Sketch of the medical history of the native army of Bombay, for the year
Year: 1876
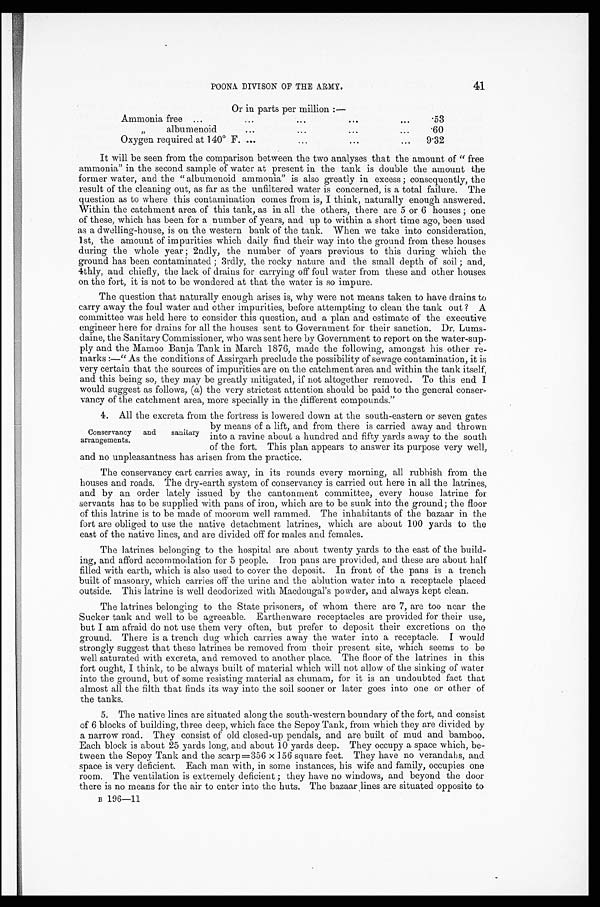
41
POONA DIVISON OF THE ARMY.
Or in parts per million :—
Ammonia free ...
. . . . . .
. . .
. . .
.53
,,
albumenoid
. . .
. . .
. . .
. . .
.60
Oxygen required at 140˚F. . . .
. . .
. . .
. . .
9.32
It will be seen from the comparison between the two analyses that the amount of " free
ammonia" in the second sample of water at present in the tank is double the amount the
former water, and the " albumenoid ammonia" is also greatly in excess ; consequently, the
result of the cleaning out, as far as the unfiltered water is concerned, is a total failure. The
question as to where this contamination comes from is, I think, naturally enough answered.
Within the catchment area of this tank, as in all the others, there are 5 or 6 houses ; one
of these, which has been for a number of years, and up to within a short time ago, been used
as a dwelling-house, is on the western bank of the tank. When we take into consideration,
1st, the amount of im purities which daily find their way into the ground from these houses
during the whole year ; 2ndly, the number of years previous to this during which the
ground has been contaminated ; 3rdly, the rocky nature and the small depth of soil ; and,
4thly, and chiefly, the lack of drains for carrying off foul water from these and other houses
on the fort, it is not to be wondered at that the water is so impure.
The question that naturally enough arises is, why were not means taken to have drains to
carry away the foul water and other impurities, before attempting to clean the tank out ? A
committee was held here to consider this question, and a plan and estimate of the executive
engineer here for drains for all the houses sent to Government for their sanction. Dr. Lums-
daine, the Sanitary Commissioner, who was sent here by Government to report on the water-sup-
ply and the Mamoo Banja Tank in March 1876, made the following, amongst his other re-
marks :—" As the conditions of Assirgarh preclude the possibility of sewage contamination, it is
very certain that the sources of impurities are on the catchment area and within the tank itself,
and this being so, they may be greatly mitigated, if not altogether removed. To this end I
would suggest as follows, (a) the very strictest attention should be paid to the general conser-
vancy of the catchment area, more specially in the different compounds."
4. All the excreta from the fortress is lowered down at the south-eastern or seven gates
by means of a lift, and from there is carried away and thrown
into a ravine about a hundred and fifty yards away to the south
of the fort. This plan appears to answer its purpose very well,
and no unpleasantness has arisen from the practice.
The conservancy cart carries away, in its rounds every morning, all rubbish from the
houses and roads. The dry-earth system of conservancy is carried out here in all the latrines,
and by an order lately issued by the cantonment committee, every house latrine for
servants has to be supplied with pans of iron, which are to be sunk into the ground; the floor
of this latrine is to be made of moorum well rammed. The inhabitants of the bazaar in the
fort are obliged to use the native detachment latrines, which are about 100 yards to the
east of the native lines, and are divided off for males and females.
The latrines belonging to the hospital are about twenty yards to the east of the build-
ing, and afford accommodation for 5 people. Iron pans are provided, and these are about half
filled with earth, which is also used to cover the deposit. In front of the pans is a trench
built of masonry, which carries off the urine and the ablution water into a receptacle placed
outside. This latrine is well deodorized with Macdougal's powder, and always kept clean.
The latrines belonging to the State prisoners, of whom there are 7, are too near the
Sucker tank and well to be agreeable. Earthenware receptacles are provided for their use,
but I am afraid do not use them very often, but prefer to deposit their excretions on the
ground. There is a trench dug which carries away the water into a receptacle. I would
strongly suggest that these latrines be removed from their present site, which seems to be
well saturated with excreta, and removed to another place. The floor of the latrines in this
fort ought, I think, to be always built of material which will not allow of the sinking of water
into the ground, but of some resisting material as chunam, for it is an undoubted fact that
almost all the filth that finds its way into the soil sooner or later goes into one or other of
the tanks.
5. The native lines are situated along the south-western boundary of the fort, and consist
of 6 blocks of building, three deep, which face the Sepoy Tank, from which they are divided by
a narrow road. They consist of old closed-up pendals, and are built of mud and bamboo.
Each block is about 25 yards long, and about 10 yards deep. They occupy a space which, be-
tween the Sepoy Tank and the scarp.356 x 156 square feet. They have no verandahs, and.
space is very deficient. Each man with, in some instances, his wife and family, occupies one
room. The ventilation is extremely deficient •' they have no windows, and beyond the door
there is no means for the air to enter into the huts. The bazaar_lines are situated opposite to
B 196-11
Conservancy and sanitary
arrangements.